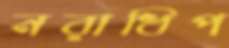
নরাধিপ